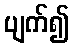
ပျက်၍